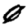
Digit: 0